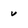
Character: u